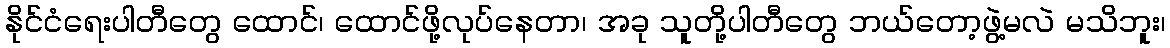
နိုင်ငံရေးပါတီတွေ ထောင်၊ ထောင်ဖို့လုပ်နေတာ၊ အခု သူတို့ပါတီတွေ ဘယ်တော့ဖွဲ့မလဲ မသိဘူး၊